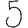
Digit: 5